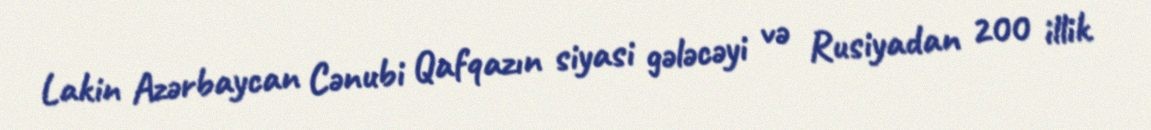
Lakin Azərbaycan Cənubi Qafqazın siyasi gələcəyi və Rusiyadan 200 illik